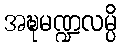
အဍ္ဎမဏ္ဍလမ္ပိ